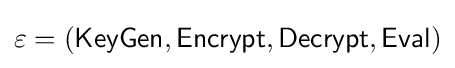
\varepsilon =({\mathsf {KeyGen}},{\mathsf {Encrypt}},{\mathsf {Decrypt}},{\mathsf {Eval}})